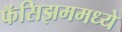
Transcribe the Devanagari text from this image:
फॅसिझममध्ये